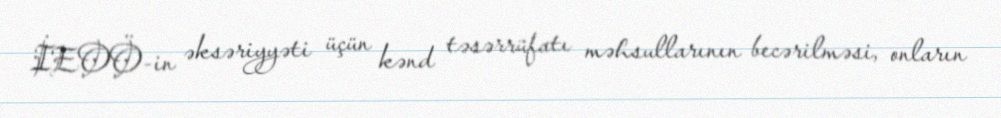
İEOÖ-in əksəriyyəti üçün kənd təsərrüfatı məhsullarının becərilməsi, onların